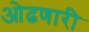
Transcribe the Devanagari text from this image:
ओढणारी